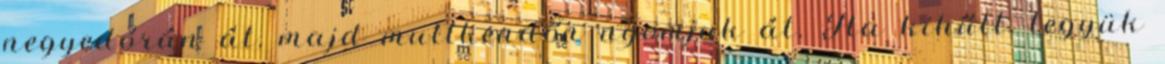
negyedórán át, majd mullkendőn nyomjuk át. Ha kihűlt, tegyük